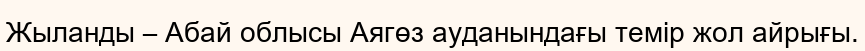
Жыланды – Абай облысы Аягөз ауданындағы темір жол айрығы.